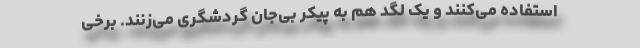
استفاده می‌کنند و یک لگد هم به پیکر بی‌جان گردشگری می‌زنند. برخی